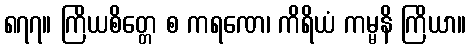
၈၇၇။ ကြိယစိတ္တေ စ ကရဏေ၊ ကိရိယံ ကမ္မနိ ကြိယာ။